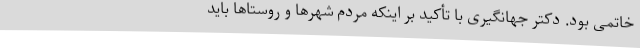
خاتمی بود. دکتر جهانگیری با تأکید بر اینکه مردم شهرها و روستاها باید